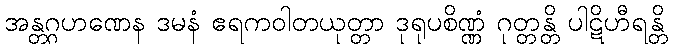
အန္တဂ္ဂဟဏေန ဒမနံ ဧရကဝါတယုတ္တာ ဒုရုပစိဏ္ဏံ ဂုတ္တန္တိ ပါဋိဟီရန္တိ